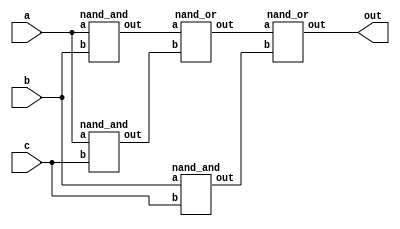
`timescale 1ns/1ps

module Majority(a, b, c, out);
    input a, b, c;
    output out;
    wire and1, and2, and3, or1;
    
    nand_and and_1(and1, a, b);
    nand_and and_2(and2, a, c);
    nand_and and_3(and3, b, c);
    nand_or or_1(or1, and1, and2);
    nand_or or_2(out, or1, and3);
endmodule

module nand_and (out, a, b);
    input a, b;
    output out;
    wire nand1;
    
    nand nand_1(nand1, a, b);
    nand nand_2(out, nand1, nand1);
    
endmodule

module nand_or (out, a, b);
    input a, b;
    output out;
    wire nanda, nandb;
    
    nand nand_a(nanda, a, a);
    nand nand_b(nandb, b, b);
    nand nand_out(out, nanda, nandb);
    
endmodule

module nand_nor (out, a, b);
    input a, b;
    output out;
    wire nanda, nandb, nand1;
    
    nand nand_a(nanda, a, a);
    nand nand_b(nandb, b, b);
    nand nand_1(nand1, nanda, nandb);
    nand nand_2(out, nand1, nand1);
    

endmodule

module nand_xor (out, a, b);
    input a, b;
    output out;
    wire nand1, nand2, nand3;
    nand nand_1(nand1, a, b);
    nand nand_2(nand2, nand1, a);
    nand nand_3(nand3, nand1, b);
    nand nand_4(out, nand2, nand3);

endmodule

module nand_xnor (out, a, b);
    input a, b;
    output out;
    wire nand1, nanda, nandb, nand2;
    
    nand nand_1(nand1, a, b);
    nand nand_a(nanda, a, a);
    nand nand_b(nandb, b, b);
    nand nand_2(nand2, nanda, nandb);
    nand nand_3(out, nand1, nand2);
    
endmodule

module nand_not (out, a);
    input a;
    output out;
    
    nand nand_1(out, a, a);
    
endmodule